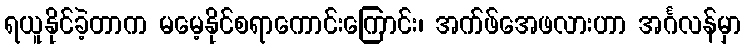
ရယူနိုင်ခဲ့တာက မမေ့နိုင်စရာကောင်းကြောင်း၊ အက်ဖ်အေဖလားဟာ အင်္ဂလန်မှာ